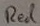
Text: Red